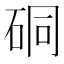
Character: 硐